Civil Veterinary Department. Madras. Admin. report 1926-33 - 1926-1933
Year: 1926
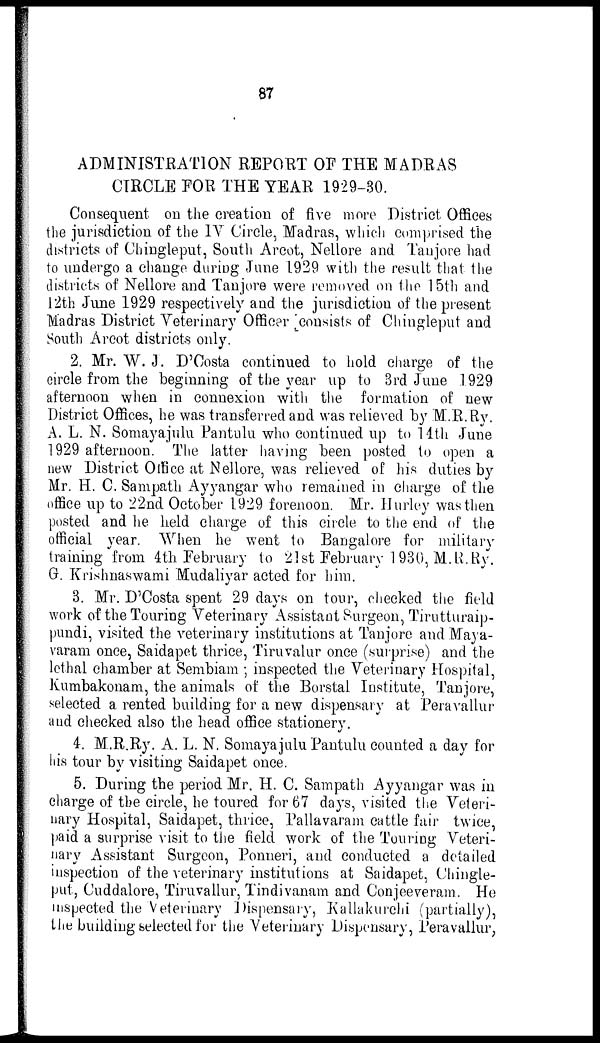
87
ADMINISTRATION REPORT OF THE MADRAS
CIRCLE FOR THE YEAR 1929-30.
Consequent on the creation of five more District Offices
the jurisdiction of the IV Circle, Madras, which comprised the
districts of Chingleput, South Arcot, Nellore and Tanjore had
to undergo a change during June 1929 with the result that the
districts of Nellore and Tanjore were removed on the 1 5th and
12th June 1929 respectively and the jurisdiction of the present
Madras District Veterinary Officer consists of Chingleput and
South Arcot districts only.
2. Mr. W. J. D'Costa continued to hold charge of the
circle from the beginning of the year up to 3rd June 1929
afternoon when in connexion with the formation of new
District Offices, he was transferred and was relieved by M.R.Ry.
A. L. N. Somayajulu Pantulu who continued up to 14th June
1929 afternoon. The latter having been posted to open a
new District Office at Nellore, was relieved of his duties by
Mr. H. C. Sampath Ayyangar who remained in charge of the
office up to 22nd October 1929 forenoon. Mr. Hurley was then
posted and he held charge of this circle to the end of the
official year. When he went to Bangalore for military
training from 4th February to 21st February 1930, M.R.Ry.
G. Krishnaswami Mudaliyar acted for him.
3. Mr. D'Costa spent 29 days on tour, checked the field
work of the Touring Veterinary Assistant Surgeon, Tirutturaip-
pundi, visited the veterinary institutions at Tanjore and Maya-
varam once, Saidapet thrice, Tiruvalur once (surprise) and the
lethal chamber at Sembiam ; inspected the Veterinary Hospital,
Kumbakonam, the animals of the Borstal Institute, Tanjore,
selected a rented building for a new dispensary at Peravallur
and checked also the head office stationery.
4. M.R.Ry. A. L. N. Somayajulu Pantulu counted a day for
his tour by visiting Saidapet once.
5. During the period Mr. H. C. Sampath Ayyangar was in
charge of the circle, he toured for 67 days, visited the Veteri-
nary Hospital, Saidapet, thrice, Pallavaram cattle fair twice,
paid a surprise visit to the field work of the Touring Veteri-
nary Assistant Surgeon, Ponneri, and conducted a detailed
inspection of the veterinary institutions at Saidapet, Chingle-
put, Cuddalore, Tiruvallur, Tindivanam and Conjeeveram. He
inspected the Veterinary Dispensary, Kallakurchi (partially),
the building selected for the Veterinary Dispensary, Peravallur,